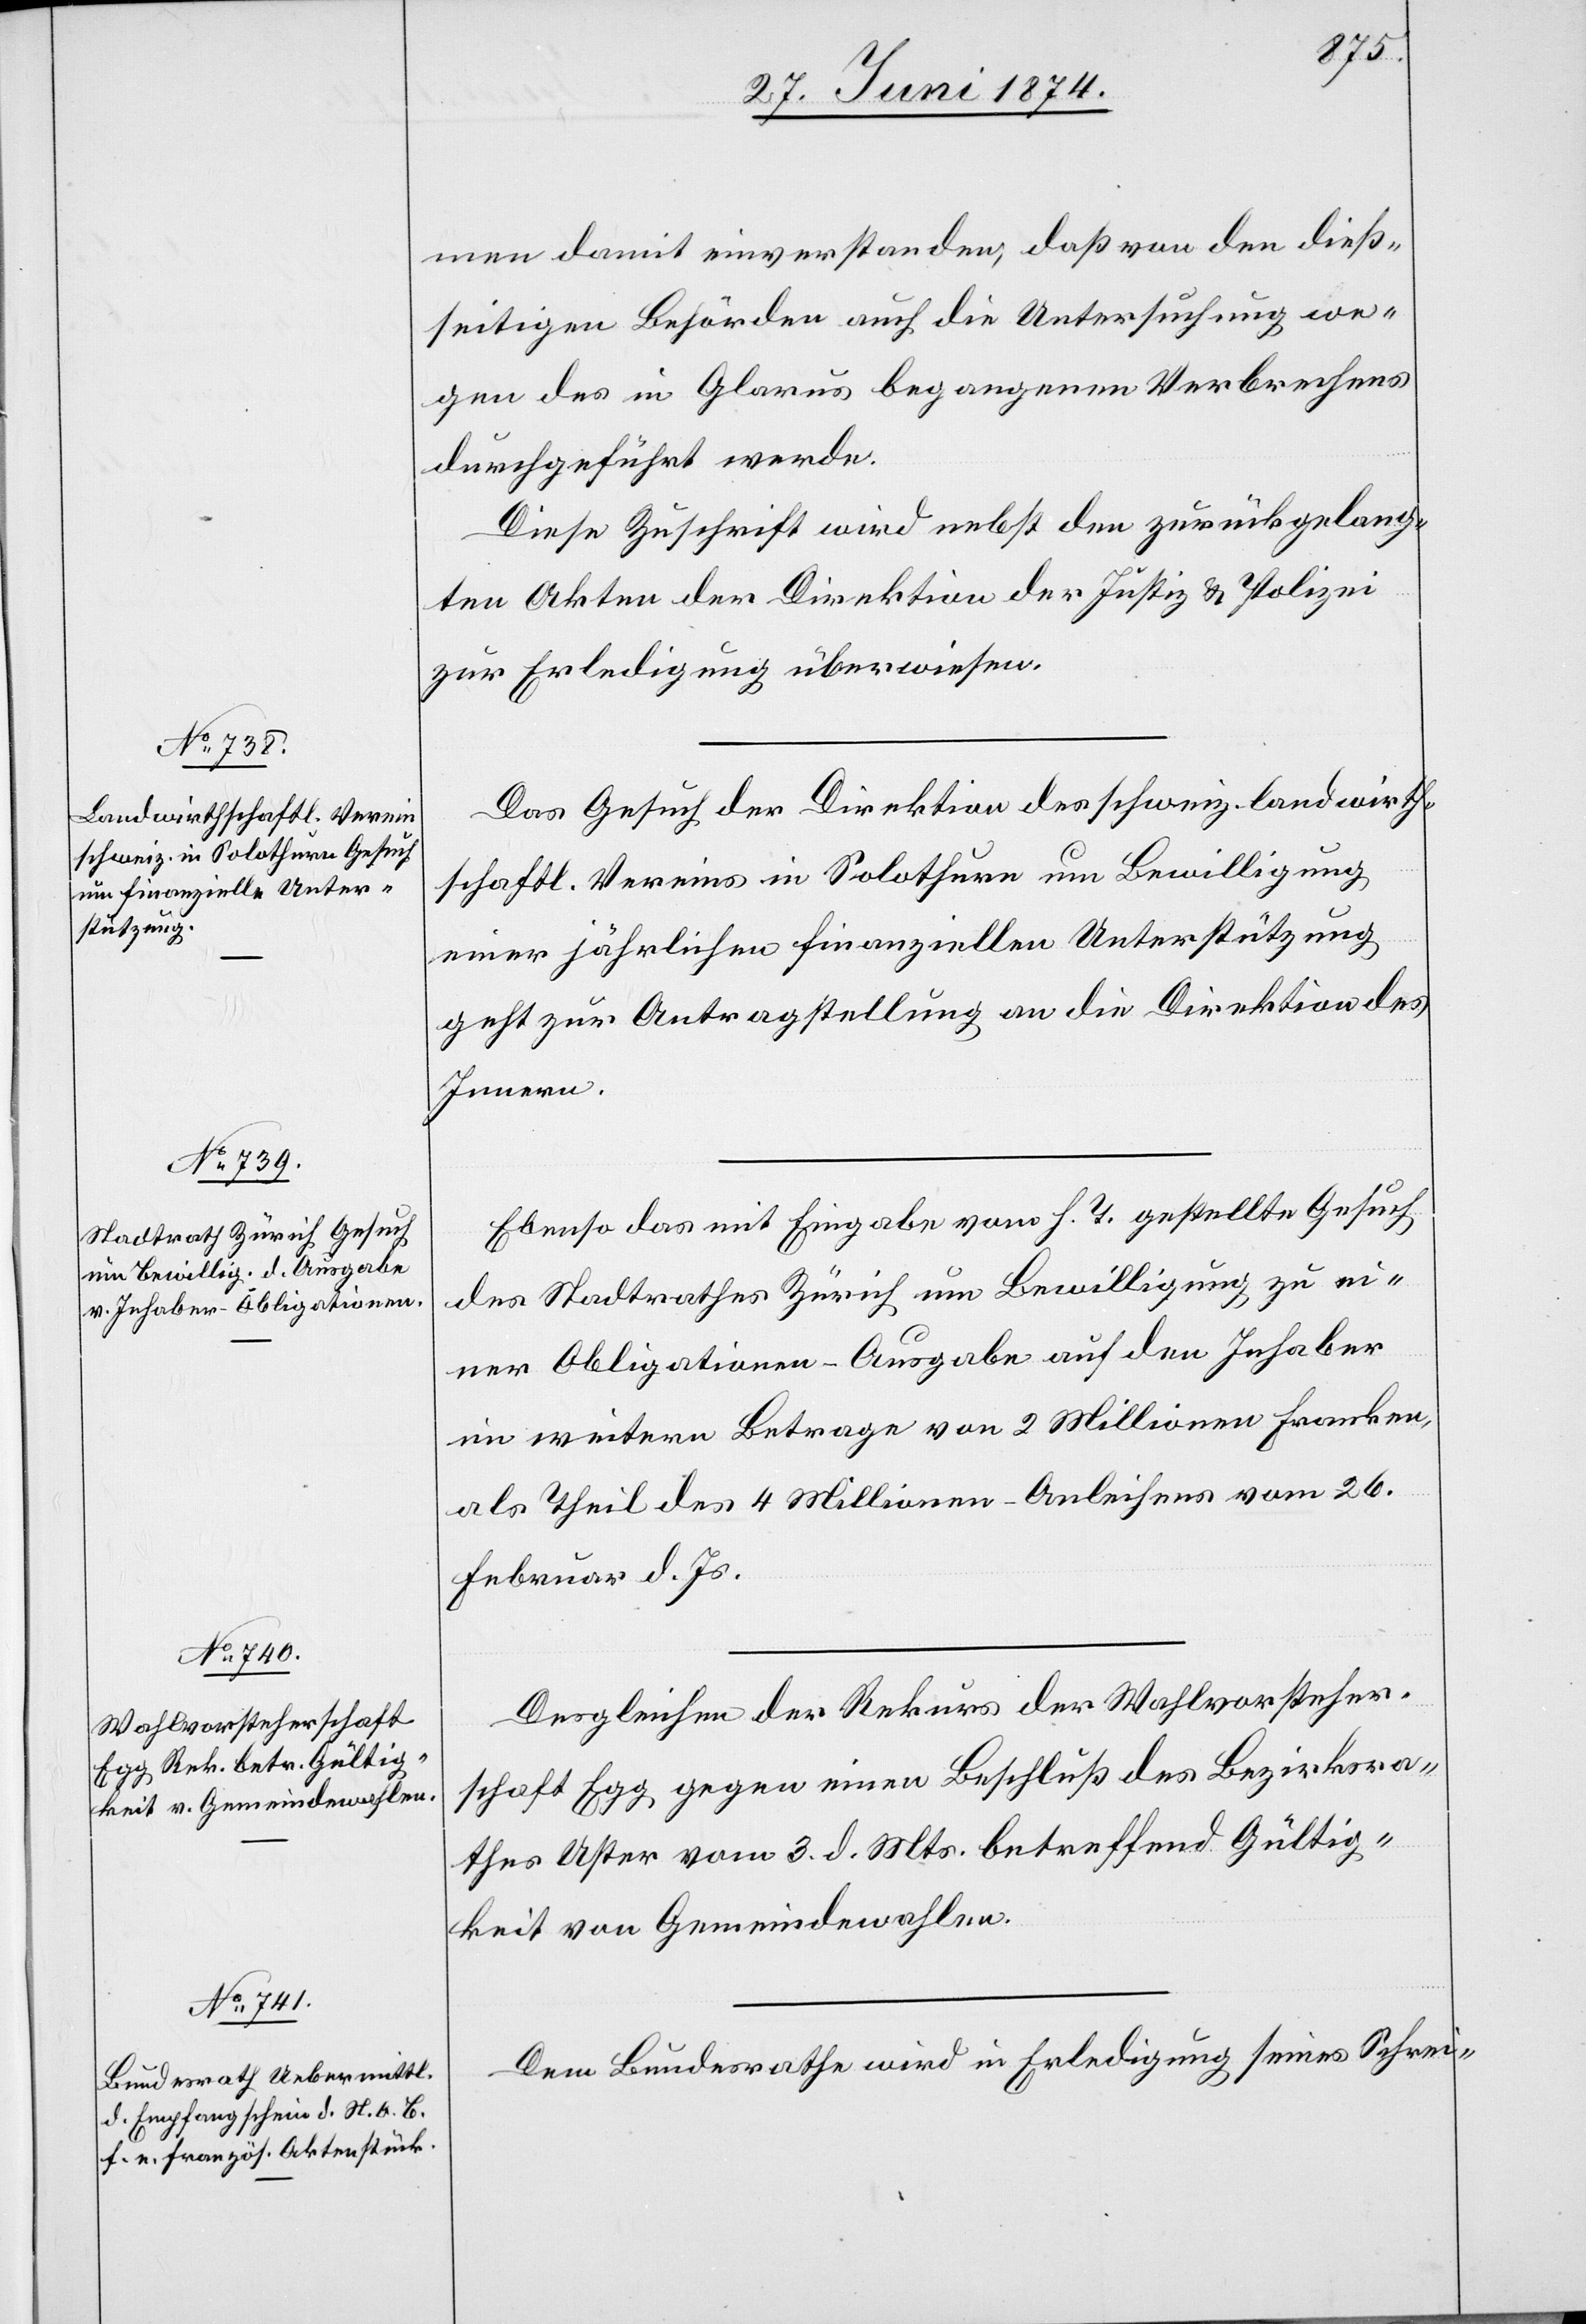
27. Juni 1874.]
men damit einverstanden, daß von den dieß¬
seitigen Behörden auch die Untersuchung we¬
gen des in Glarus begangenen Verbrechens
durchgeführt werde.
Diese Zuschrift wird nebst den zurückgelang¬
ten Akten der Direktion der Justiz u. Polizei
zur Erledigung überwiesen.
Das Gesuch der Direktion des schweiz. landwirth¬
schaftl. Vereins in Solothurn um Bewilligung
einer jährlichen finanziellen Unterstützung
geht zur Antragstellung an die Direktion des
Innern.
Ebenso das mit Eingabe vom h. T. gestellte Gesuch
des Stadtrathes Zürich um Bewilligung zu ei¬
ner Obligationen-Ausgabe auf den Inhaber
im weitern Betrage von 2 Millionen Franken
als Theil des 4 Millionen-Anleihens vom 26.
Februar d. Js.
Desgleichen der Rekurs der Wahlvorsteher¬
schaft Egg gegen einen Beschluß des Bezirksra¬
thes Uster vom 3. d. Mts. betreffend Gültig¬
keit von Gemeindewahlen.
Dem Bundesrathe wird in Erledigung seines Schrei-